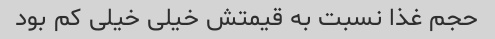
حجم غذا نسبت به قیمتش خیلی خیلی کم بود